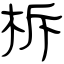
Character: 柝